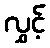
လွှင့်